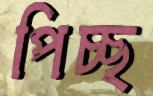
পিচ্ছ